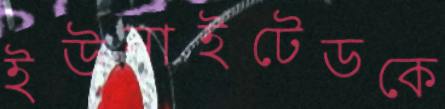
ইউনাইটেডকে